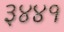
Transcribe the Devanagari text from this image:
३४४१